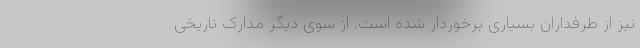
نیز از طرفداران بسیاری برخوردار شده است. از سوی دیگر مدارک تاریخی